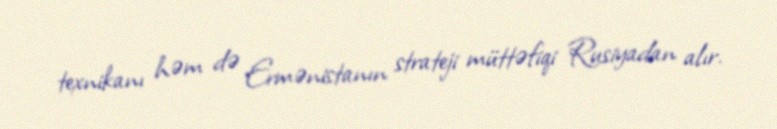
texnikanı həm də Ermənistanın strateji müttəfiqi Rusiyadan alır.